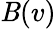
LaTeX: \mathit{B}(v)